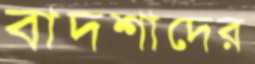
বাদশাদের